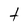
Character: t